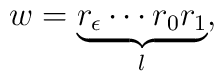
w=\underbrace{r_{\epsilon}\cdots r_{0}r_{1}}_{l},